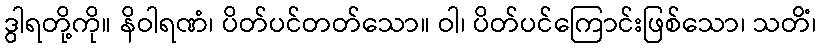
ဒွါရတို့ကို။ နိဝါရဏံ၊ ပိတ်ပင်တတ်သော။ ဝါ၊ ပိတ်ပင်ကြောင်းဖြစ်သော၊ သတိံ၊